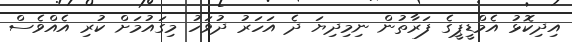
އިދިކޮޅު އެމްޑީޕީގެ ފަރާތުން ނިމިދިޔަ ދެ އަހަރު ދުވަހު މިގައުމަށް ކުރި އެއްވެސް